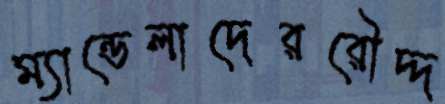
ম্যান্ডেলাদেররৌদ্দ